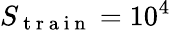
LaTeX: S_{\mathrm{~t~r~a~i~n~}}=10^{4}